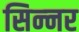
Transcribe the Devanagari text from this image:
सिन्‍नर